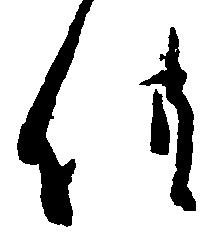
供